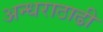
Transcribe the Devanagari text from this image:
अन्धराठाढी